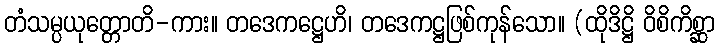
တံသမ္ပယုတ္တောတိ-ကား။ တဒေကဋ္ဌေဟိ၊ တဒေကဋ္ဌဖြစ်ကုန်သော။ (ထိုဒိဋ္ဌိ ဝိစိကိစ္ဆာ